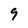
Character: 9